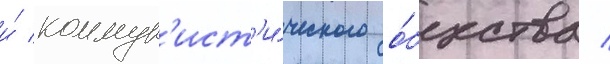
и́ коммун'ист'и́ческого о́бщества /